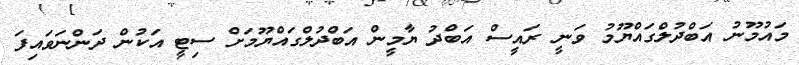
މައުމޫނު އަބްދުލްގައްޔޫމު ވަނީ ރައީސް އަބްދު ޔާމީން އަބްދުލްގައްޔޫމަށް ސިޓީ އަކުން ދަންނަވައިފަ